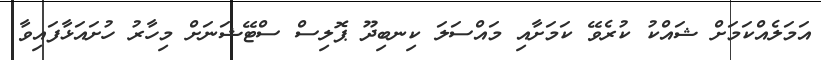
އަމަލެއްކަމަށް ޝައްކު ކުރެވޭ ކަމަށާއި މައްސަލަ ކިނބިދޫ ޕޮލިސް ސްޓޭޝަނަށް މިހާރު ހުށައަޅާފައިވާ